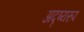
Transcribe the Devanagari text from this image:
अदृष्यरुप